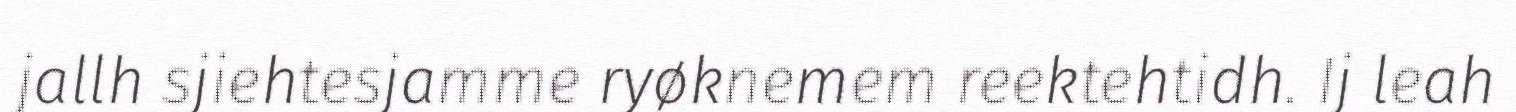
jallh sjiehtesjamme ryøknemem reektehtidh. Ij leah